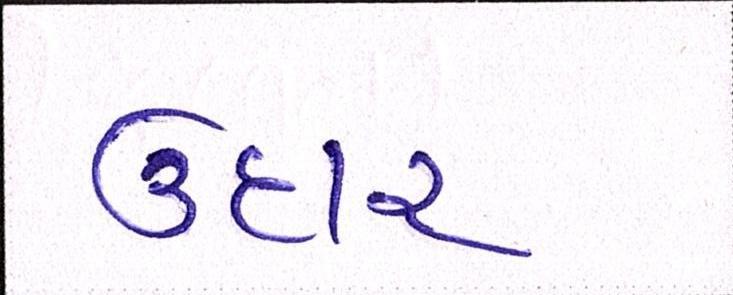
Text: ઉદાર